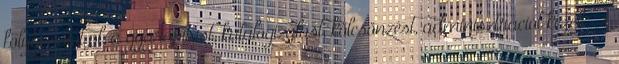
folyamatot pl. a gyarapítást, katalogizálást, kölcsönzést, adminisztrációt kezelt. A